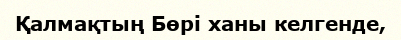
Қалмақтың Бөрі ханы келгенде,